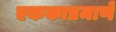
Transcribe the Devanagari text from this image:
एककाप्रमाणे